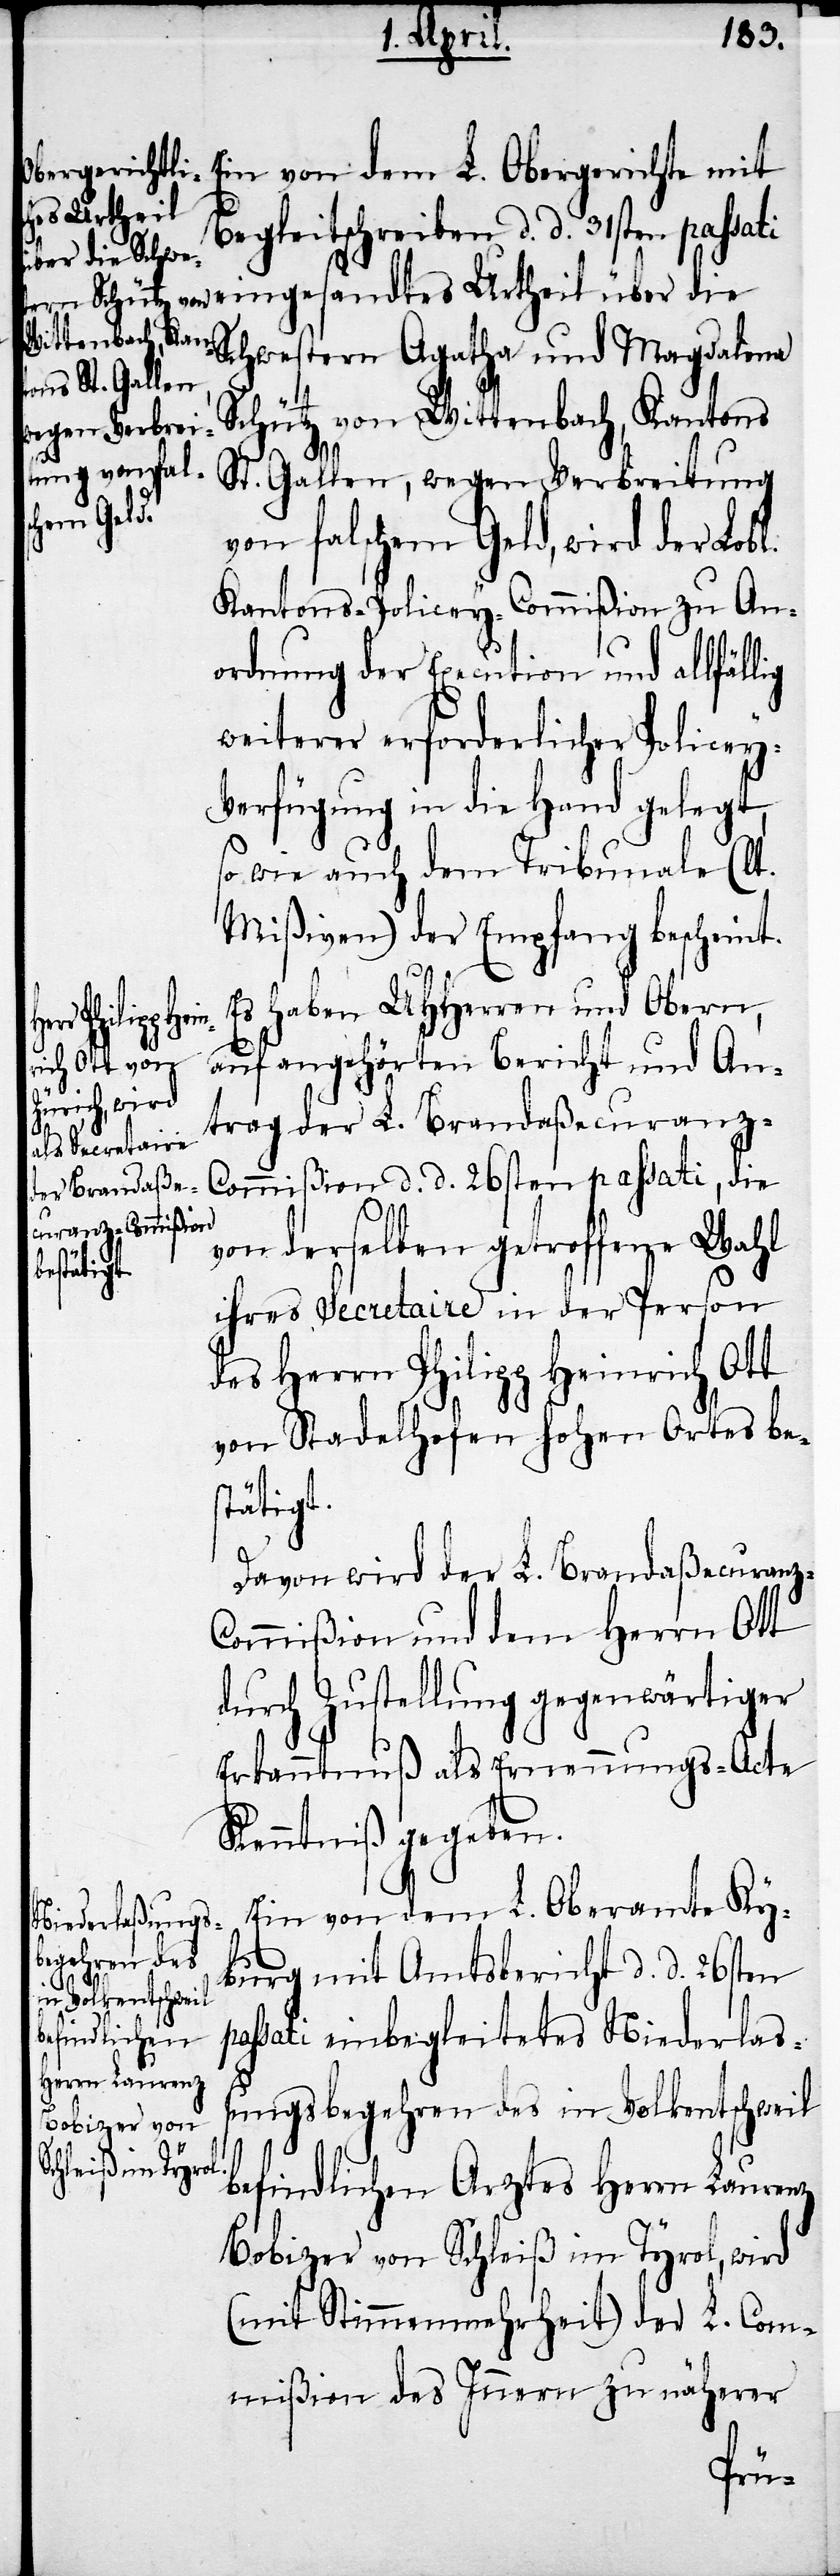
es Urtheil
Begleitschreiben d. d. 31sten passati
über die Schwestern Agatha und Magdalena
Schütz von Wittenbach, Kantons
St. Gallen, wegen Verbreitung
von falschem Geld, wird der Lobl.
Kantons-Policey-Commißion zu An¬
ordnung der Execution und allfällig
weiterer erforderlicher Policey-V¬
erfügung in die Hand gelegt,
so wie auch den Tribunale (lt.
Mißiven) der Empfang bescheint.
Es haben UHHerren und Obern,
eingesandt¬
auf angehörten Bericht und An¬
trag der L. Brandaßecuranz-C¬
ommißion d. d. 26sten passati, die
von derselben getroffene Wahl
ihres Secretaire in der Person
des Herrn Philipp Heinrich Ott
von Stadelhofen hohen Ortes be¬
stätigt.
Davon wird der L. Brandaßecuran¬
ommißion und dem Herrn Ott
durch Zustellung gegenwärtiger
Erkanntnuß als Ernennungs-Acte
Kenntniß gegeben.
Ein von dem L. Oberamte Ky¬
burg mit Amtsbericht d. d. 26sten
te
passati einbegleitetes Niederlaß¬
ungsbegehren des in Volkentschweil
befindlichen Arztes Herrn Laurenz
Bobizer von Schleiß im Tyrol, wird
(mit Stimmenmehrheit) der L. Com¬
mißion des Innern zu näherer
z-C¬